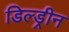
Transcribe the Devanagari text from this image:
डिल्ड्रीन